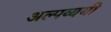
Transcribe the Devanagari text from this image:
अल्पव्ययी